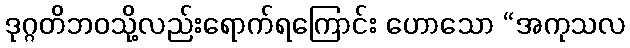
ဒုဂ္ဂတိဘဝသို့လည်းရောက်ရကြောင်း ဟောသော “အကုသလ